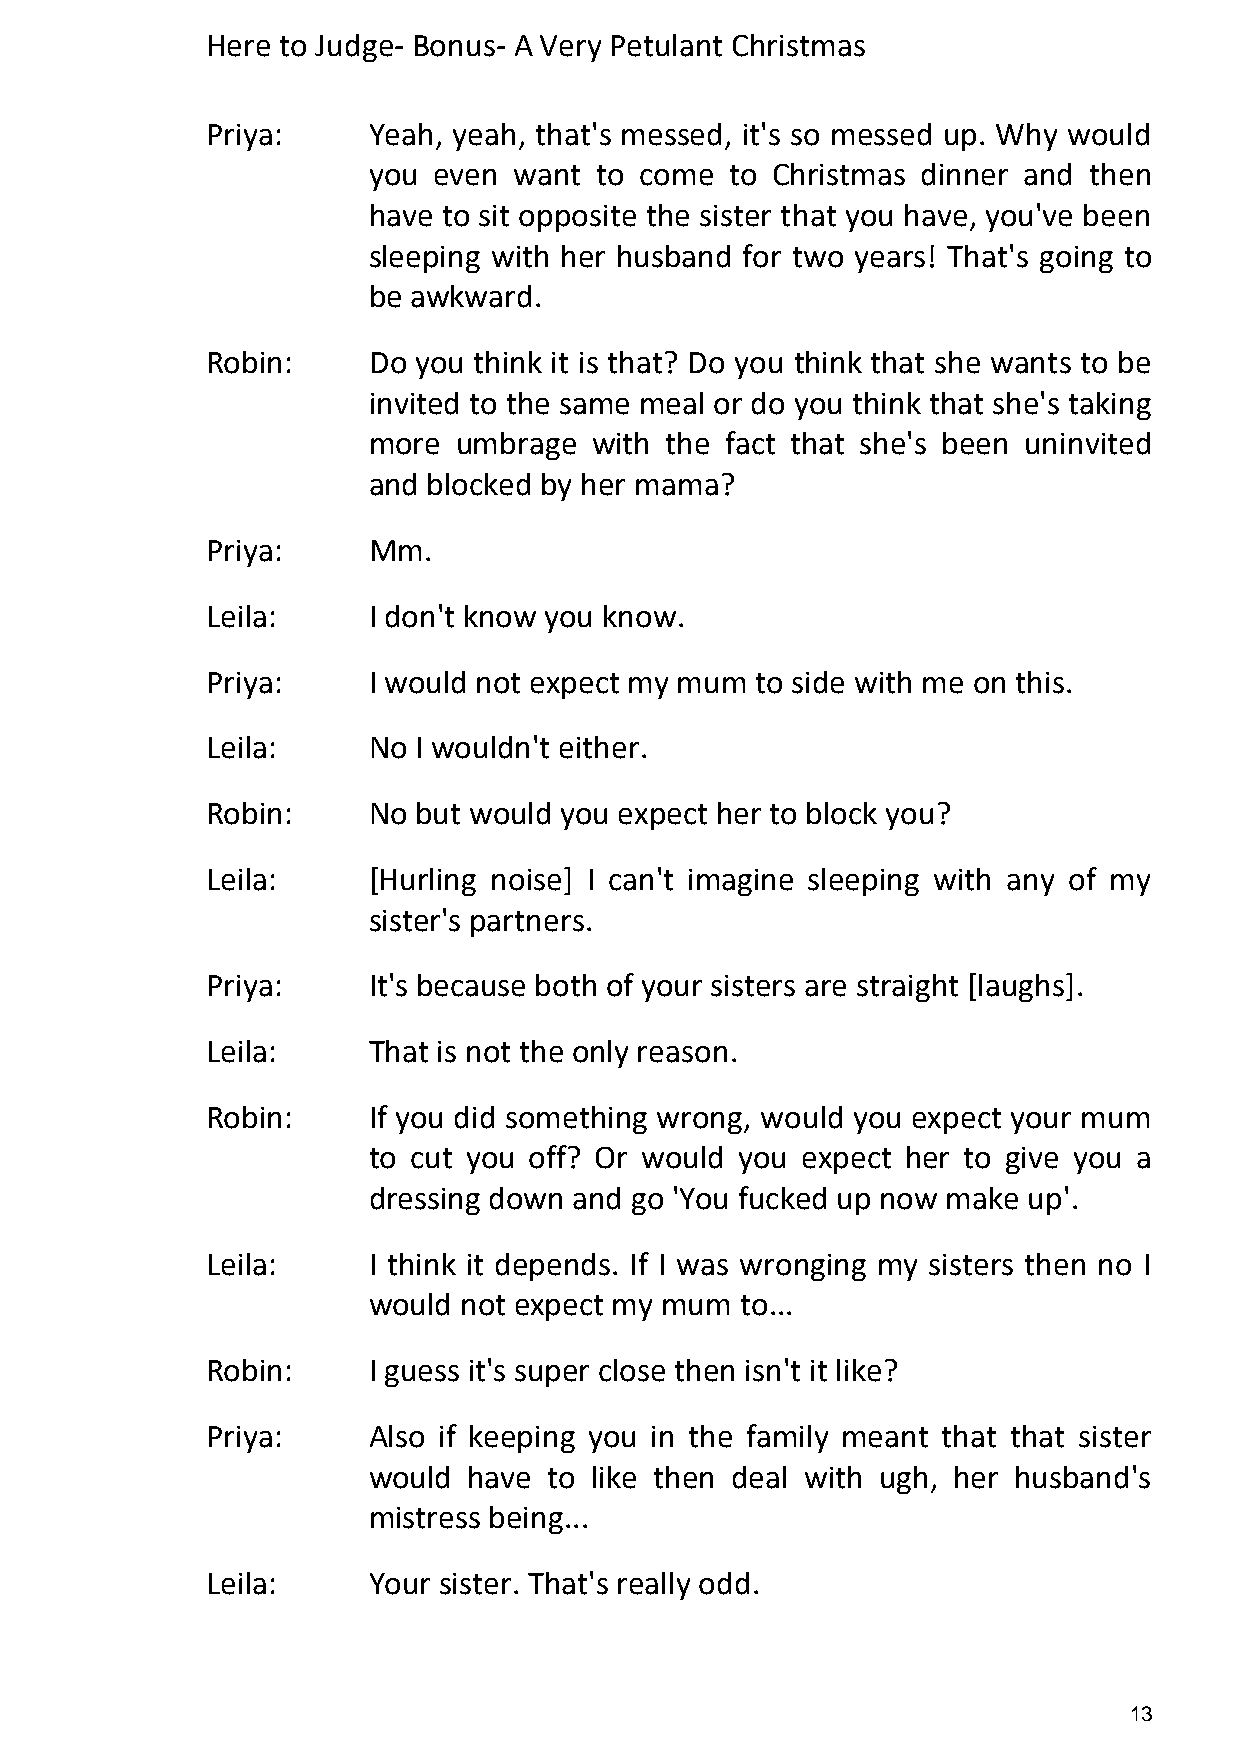
Here to Judge- Bonus- A Very Petulant Christmas
 Priya:    Yeah, yeah, that's messed, it's so messed up. Why would
 you  even want  to come to Christmas dinner and then
 have to sit opposite the sister that you have, you've been
 sleeping with her husband for two years! That's going to
 be awkward.
 Robin:    Do you think it is that? Do you think that she wants to be
 invited to the same meal or do you think that she's taking
 more  umbrage  with the fact that she's been uninvited
 and blocked by her mama?
 Priya:    Mm.
 Leila:    I don't know you know.
 Priya:    I would not expect my mum to side with me on this.
 Leila:    No  I wouldn't either.
 Robin:    No  but would you expect her to block you?
 Leila:    [Hurling noise] I can't imagine sleeping with any of my
 sister's partners.
 Priya:    It's because both of your sisters are straight [laughs].
 Leila:    That is not the only reason.
 Robin:    If you did something wrong, would you expect your mum
 to cut you off? Or would you expect her to give you a
 dressing down and go 'You fucked up now make up'.
 Leila:    I think it depends. If I was wronging my sisters then no I
 would not expect my mum  to...
 Robin:    I guess it's super close then isn't it like?
 Priya:    Also if keeping you in the family meant that that sister
 would  have to like then deal with ugh, her husband's
 mistress being...
 Leila:    Your sister. That's really odd.
 13